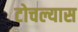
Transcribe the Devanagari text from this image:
टोचल्यास